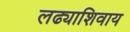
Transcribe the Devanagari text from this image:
लढ्याशिवाय